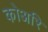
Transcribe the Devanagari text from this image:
कोअरि